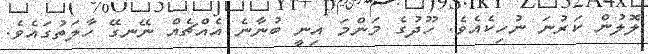
ލޮލުން ކަރުނަ ނުހިކެއެވެ. ހޫދުގެ މަންމަ އިނީ ބުނާނެ އެއްޗެއް ނޭނގޭ ހާލަތުގައެވެ.